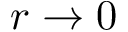
r \to 0